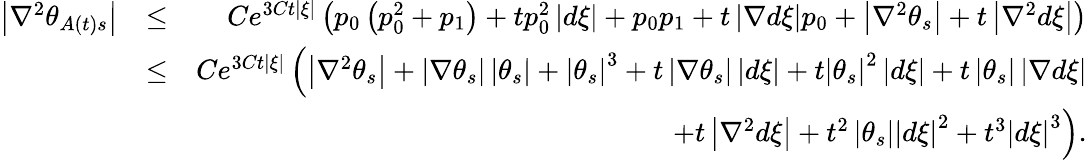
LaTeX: \begin{array}{rlr}{\left\vert\nabla^{2}\theta_{A\left(t\right)s}\right\vert}&{\leq}&{Ce^{3Ct\left\vert\xi\right\vert}\left(p_{0}\left(p_{0}^{2}+p_{1}\right)+tp_{0}^{2}\left\vert d\xi\right\vert+p_{0}p_{1}+t\left\vert\nabla d\xi\right\vert p_{0}+\left\vert\nabla^{2}\theta_{s}\right\vert+t\left\vert\nabla^{2}d\xi\right\vert\right)}\\ &{\leq}&{Ce^{3Ct\left\vert\xi\right\vert}\left(\left\vert\nabla^{2}\theta_{s}\right\vert+\left\vert\nabla\theta_{s}\right\vert\left\vert\theta_{s}\right\vert+\left\vert\theta_{s}\right\vert^{3}+t\left\vert\nabla\theta_{s}\right\vert\left\vert d\xi\right\vert+t\left\vert\theta_{s}\right\vert^{2}\left\vert d\xi\right\vert+t\left\vert\theta_{s}\right\vert\left\vert\nabla d\xi\right\vert\right.}\\ &{}&{\left.+t\left\vert\nabla^{2}d\xi\right\vert+t^{2}\left\vert\theta_{s}\right\vert\left\vert d\xi\right\vert^{2}+t^{3}\left\vert d\xi\right\vert^{3}\right).}\end{array}